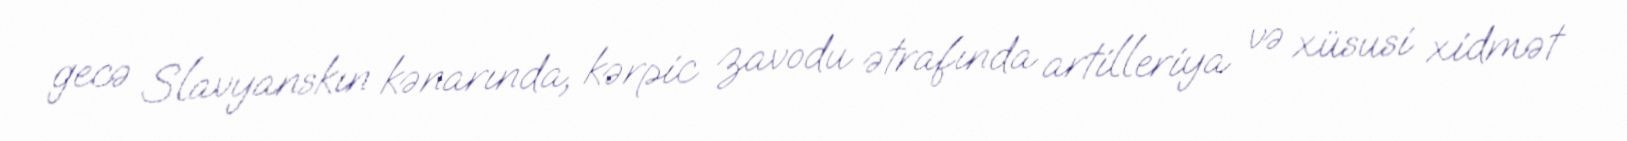
gecə Slavyanskın kənarında, kərpic zavodu ətrafında artilleriya və xüsusi xidmət